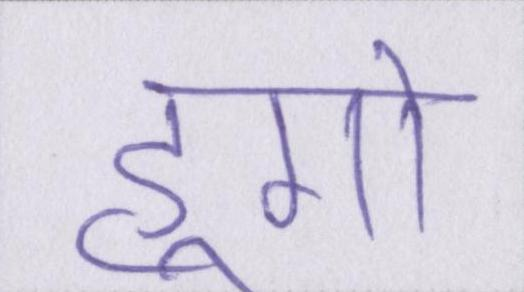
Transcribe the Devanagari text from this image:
हूगो